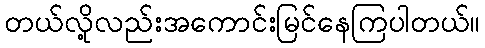
တယ်လို့လည်းအကောင်းမြင်နေကြပါတယ်။